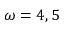
\omega = 4 , 5